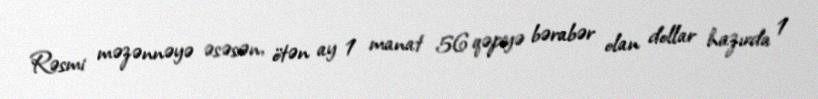
Rəsmi məzənnəyə əsəsən, ötən ay 1 manat 56 qəpiyə bərabər olan dollar hazırda 1